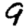
Digit: 9